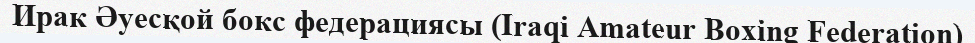
Ирак Әуесқой бокс федерациясы (Iraqi Amateur Boxing Federation)